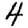
Digit: 4